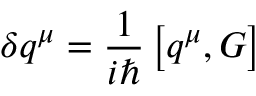
\delta q ^ { \mu } = \frac { 1 } { i \hbar } \left[ q ^ { \mu } , G \right]